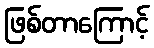
ဖြစ်တာကြောင့်